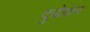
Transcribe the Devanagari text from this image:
दुबोकर